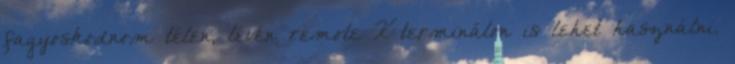
fagyoskodnom télen, lévén remote X terminálon is lehet használni.